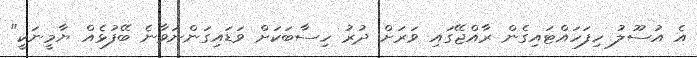
އެ އުސޫލު ހިފަހައްޓައިގެން ރާއްޖޭގައި ވަރަށް ދުރު ހިސާބަކަށް ވަޑައިގަންނަވާނެ ބޭފުޅެއް ޔާމީނަކީ"